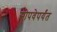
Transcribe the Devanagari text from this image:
सोपवेपर्यंत